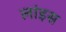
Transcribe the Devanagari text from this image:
लांइस